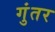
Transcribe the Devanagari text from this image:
गुंतर